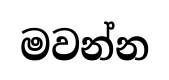
මවන්න